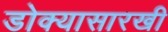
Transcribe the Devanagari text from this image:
डोक्यासारखी